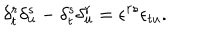
LaTeX: \delta _ { t } ^ { r } \delta _ { u } ^ { s } - \delta _ { t } ^ { s } \delta _ { u } ^ { r } = \epsilon ^ { r s } \epsilon _ { t u } .